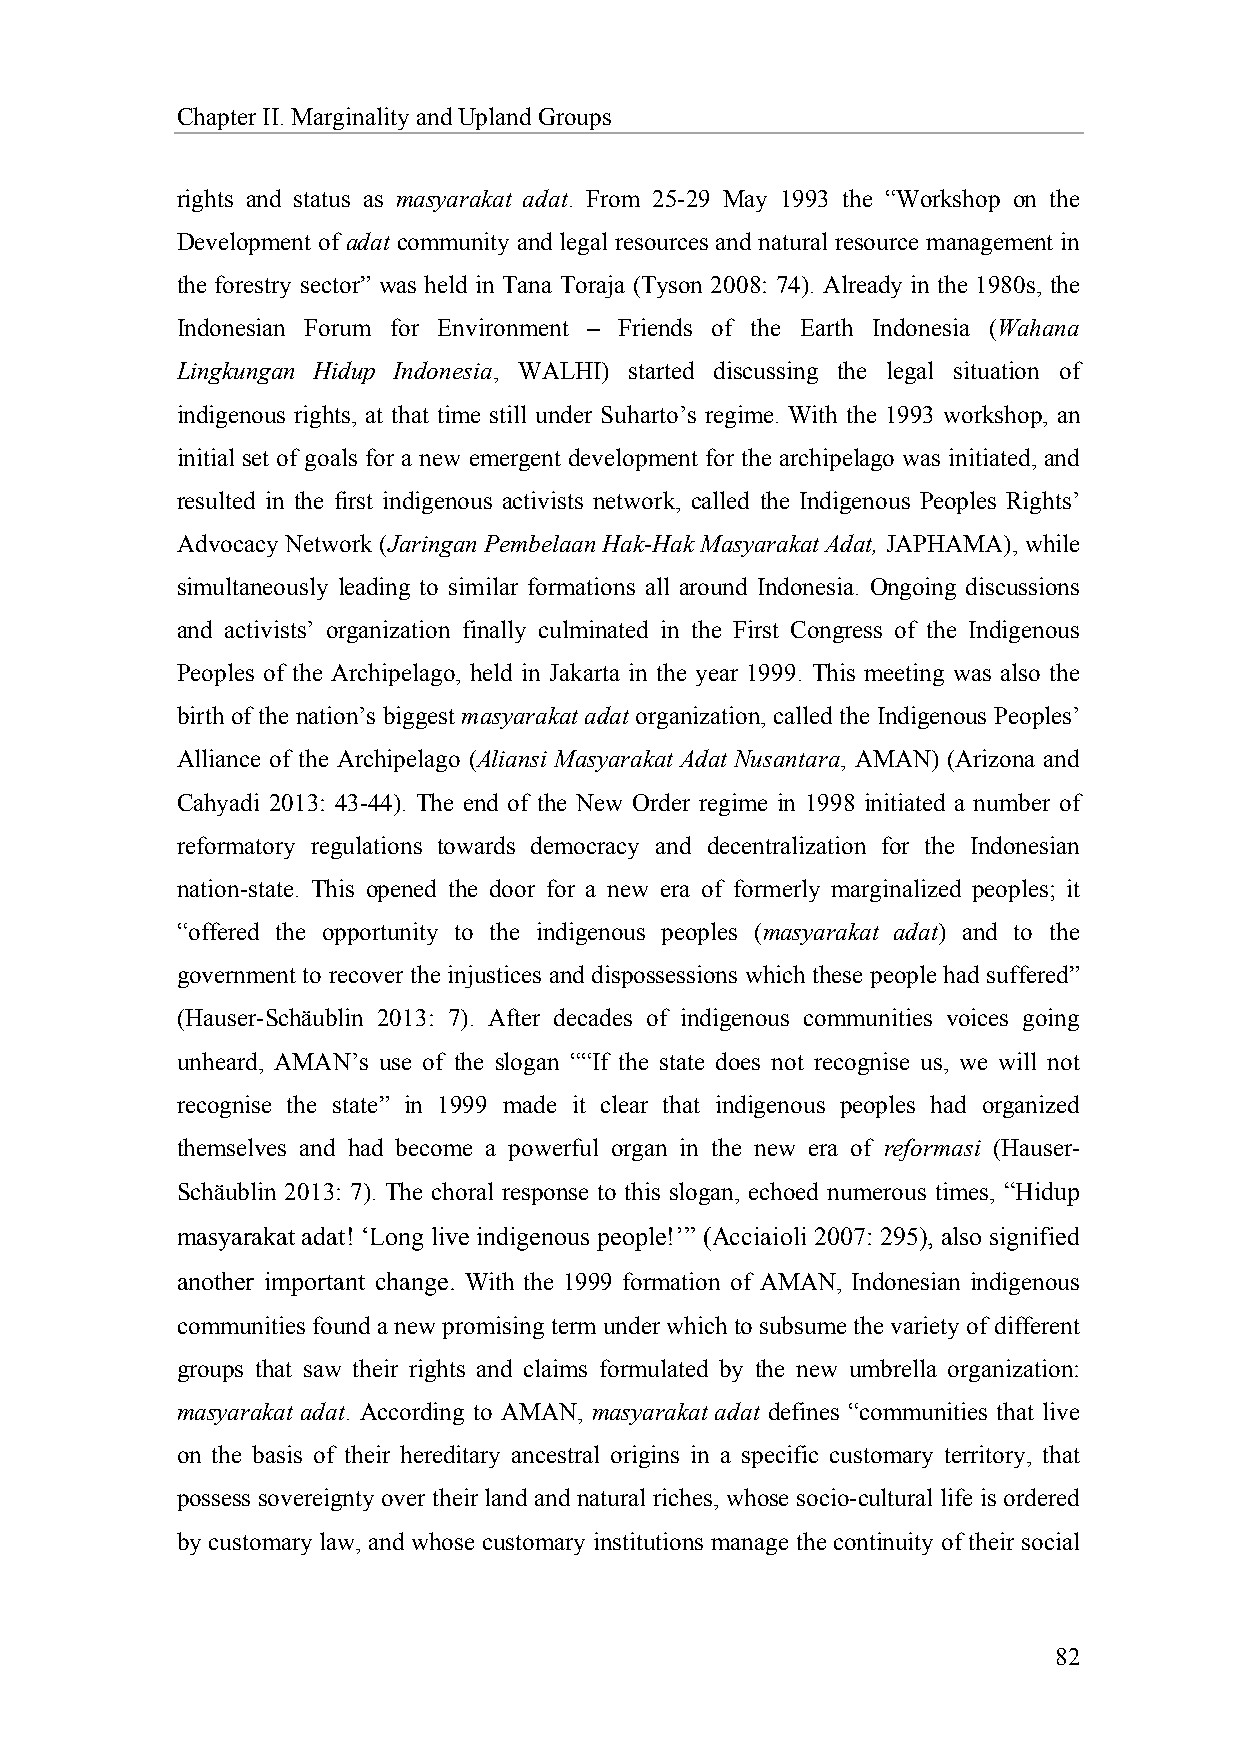
Chapter II. Marginality and Upland Groups
 rights and status as masyarakat adat. From 25-29 May 1993 the “Workshop on the
 Development of adat community and legal resources and natural resource management in
 the forestry sector” was held in Tana Toraja (Tyson 2008: 74). Already in the 1980s, the
 Indonesian Forum for Environment – Friends of the Earth Indonesia (Wahana
 Lingkungan Hidup Indonesia, WALHI) started discussing the legal situation of
 indigenous rights, at that time still under Suharto’s regime. With the 1993 workshop, an
 initial set of goals for a new emergent development for the archipelago was initiated, and
 resulted in the first indigenous activists network, called the Indigenous Peoples Rights’
 Advocacy Network (Jaringan Pembelaan Hak-Hak Masyarakat Adat, JAPHAMA), while
 simultaneously leading to similar formations all around Indonesia. Ongoing discussions
 and activists’ organization finally culminated in the First Congress of the Indigenous
 Peoples of the Archipelago, held in Jakarta in the year 1999. This meeting was also the
 birth of the nation’s biggest masyarakat adat organization, called the Indigenous Peoples’
 Alliance of the Archipelago (Aliansi Masyarakat Adat Nusantara, AMAN) (Arizona and
 Cahyadi 2013: 43-44). The end of the New Order regime in 1998 initiated a number of
 reformatory regulations towards democracy and decentralization for the Indonesian
 nation-state. This opened the door for a new era of formerly marginalized peoples; it
 “offered the opportunity to the indigenous peoples (masyarakat adat) and to the
 government to recover the injustices and dispossessions which these people had suffered”
 (Hauser-Schäublin 2013: 7). After decades of indigenous communities voices going
 unheard, AMAN’s use of the slogan ““If the state does not recognise us, we will not
 recognise the state” in 1999 made it clear that indigenous peoples had organized
 themselves and had become a powerful organ in the new era of reformasi (Hauser-
 Schäublin 2013: 7). The choral response to this slogan, echoed numerous times, “Hidup
 masyarakat adat! ‘Long live indigenous people!’” (Acciaioli 2007: 295), also signified
 another important change. With the 1999 formation of AMAN, Indonesian indigenous
 communities found a new promising term under which to subsume the variety of different
 groups that saw their rights and claims formulated by the new umbrella organization:
 masyarakat adat. According to AMAN, masyarakat adat defines “communities that live
 on the basis of their hereditary ancestral origins in a specific customary territory, that
 possess sovereignty over their land and natural riches, whose socio-cultural life is ordered
 by customary law, and whose customary institutions manage the continuity of their social
 82